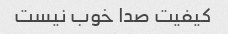
کیفیت صدا خوب نیست